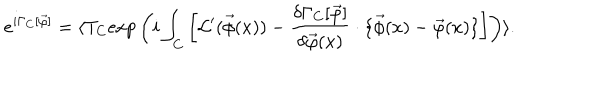
e ^ { i \Gamma _ { C } [ \vec { \varphi } ] } = \langle T _ { C } \mathrm { e x p } \left( i \int _ { C } \left[ { \cal L } ^ { \prime } ( \vec { \phi } ( x ) ) - \frac { \delta \Gamma _ { C } [ \vec { \varphi } ] } { \delta \vec { \varphi } ( x ) } \cdot \{ \vec { \phi } ( x ) - \vec { \varphi } ( x ) \} \right] \right) \rangle .